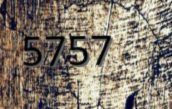
5757